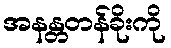
အနန္တတန်ခိုးကို